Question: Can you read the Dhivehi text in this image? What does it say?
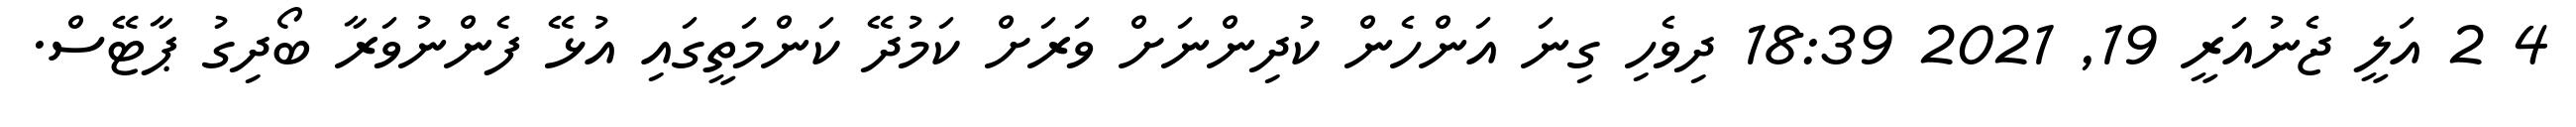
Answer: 4 2 އަލީ ޖެނުއަރީ 19, 2021 18:39 ދިވެހި ގިނަ އަންހެން ކުދިންނަށް ވަރަށް ކަމުދޭ ކަންމަތީގައި އުޅޭ ފެންނުވަރާ ބޯދިގު ޕާޓޭސް.